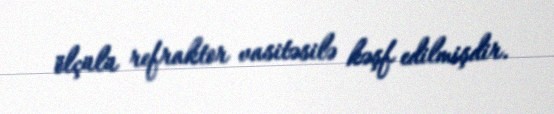
ölçülü refraktor vasitəsilə kəşf edilmişdir.